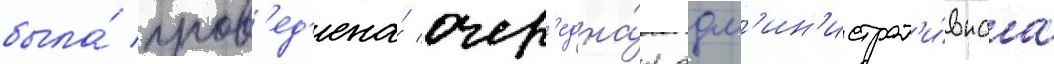
была́ пров'ед'ена́ очер'една́я адм'ин'истрат'и́внаа